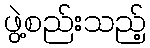
ဖွဲ့စည်းသည့်